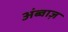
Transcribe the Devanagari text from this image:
अंब्वाज़